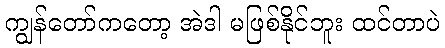
ကျွန်တော်ကတော့ အဲဒါ မဖြစ်နိုင်ဘူး ထင်တာပဲ